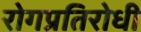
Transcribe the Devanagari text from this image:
रोगप्रतिरोधी